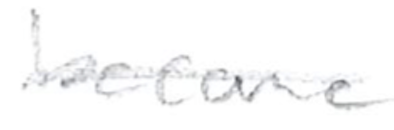
Text: become
Cross-out: single-line
Writing tool: pencil